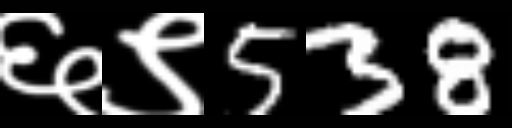
Text: ६९538